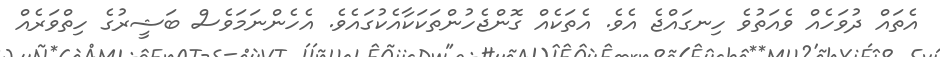
އެތައް ދުވަހެއް ވެއަތުވެ ހިނގައްޖެ އެވެ. އެތަކެއް ގޮންޖެހުންތަކަކާއެކުގައެވެ. އެހެންނަމަވެސް ބަޝީރުގެ ހިތްވަރެއް